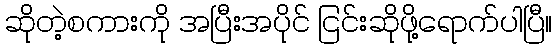
ဆိုတဲ့စကားကို အပြီးအပိုင် ငြင်းဆိုဖို့ရောက်ပါပြီ။